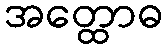
အတ္ထောဓ